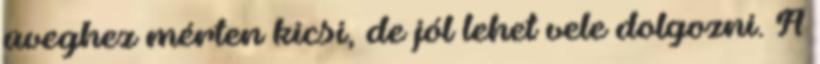
üveghez mérten kicsi, de jól lehet vele dolgozni. A